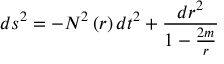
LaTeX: d s ^ { 2 } = - N ^ { 2 } \left( r \right) d t ^ { 2 } + \frac { d r ^ { 2 } } { 1 - \frac { 2 m } { r } }